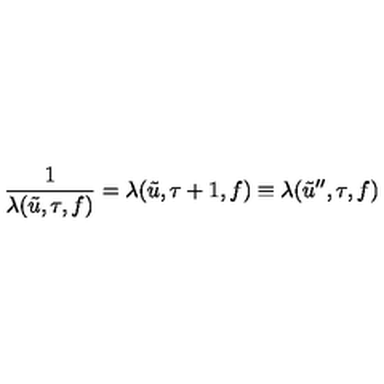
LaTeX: \frac { 1 } { \lambda ( \tilde { u } , \tau , f ) } = \lambda ( \tilde { u } , \tau + 1 , f ) \equiv \lambda ( \tilde { u } ^ { \prime \prime } , \tau , f )